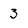
Character: 3